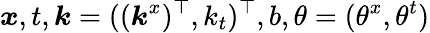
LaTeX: \boldsymbol{x},t,\boldsymbol{k}=((\boldsymbol{k}^{x})^{\top},k_{t})^{\top},b,\theta=(\theta^{x},\theta^{t})